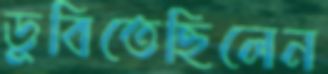
ডুবিতেছিলেন